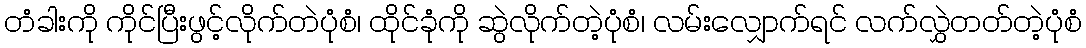
တံခါးကို ကိုင်ပြီးဖွင့်လိုက်တဲပုံစံ၊ ထိုင်ခုံကို ဆွဲလိုက်တဲ့ပုံစံ၊ လမ်းလျှောက်ရင် လက်လွှဲတတ်တဲ့ပုံစံ